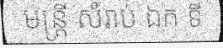
មន្ត្រី សំរាប់ ឯក ទី